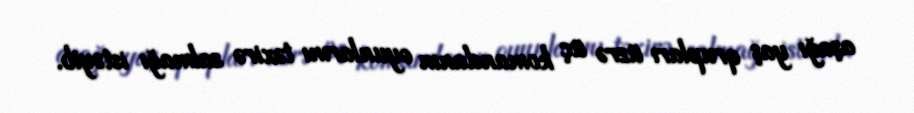
aşağı yaş qrupları üzrə üç komandanın oyunlarını təxirə salmağı istəyib.